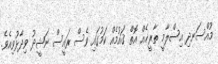
މުއްސަނދި އިސްލާމީ ތާރީޚެއް އޮތް ޤައުމެއް ކަމުގައި ވެސް ރައީސް ނަޝީދު ވިދާޅުވިއެވެ.